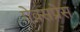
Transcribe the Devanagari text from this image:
ऐक्सप्रेस